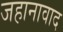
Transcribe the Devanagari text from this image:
जहानावाद